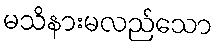
မသိနားမလည်သော